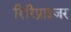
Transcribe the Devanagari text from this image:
रिरिप्राइजर